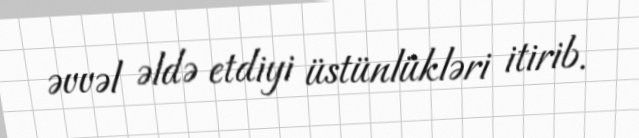
əvvəl əldə etdiyi üstünlükləri itirib.